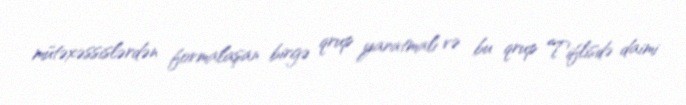
mütəxəssislərdən formalaşan birgə qrup yaratmalı və bu qrup Tiflisdə daimi